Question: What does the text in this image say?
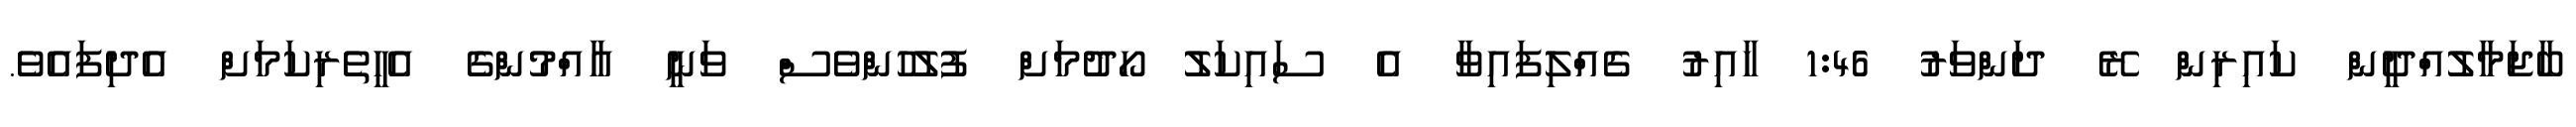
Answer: ބާޖަމާލުއްދީން ކައިރިން ރޭ ދަންވަރު 1:46 ހާއިރު ގެއްލިފައިވާ އެ ސައިކަލު ހޯދުމަށް ފުލުހުންވެސް ވަނީ އާއްމުންގެ އެހީތެރިކަމަށް އެދިފައެވެ.